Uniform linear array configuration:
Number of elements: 4
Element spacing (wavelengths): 0.75
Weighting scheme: uniform
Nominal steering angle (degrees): -30
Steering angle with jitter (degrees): -30.889
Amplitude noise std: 0.05
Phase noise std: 0.05

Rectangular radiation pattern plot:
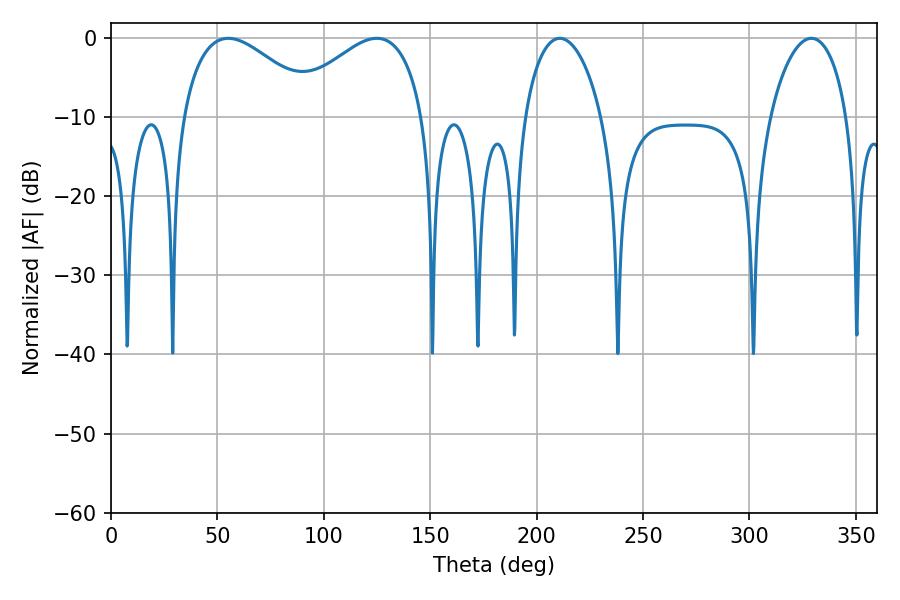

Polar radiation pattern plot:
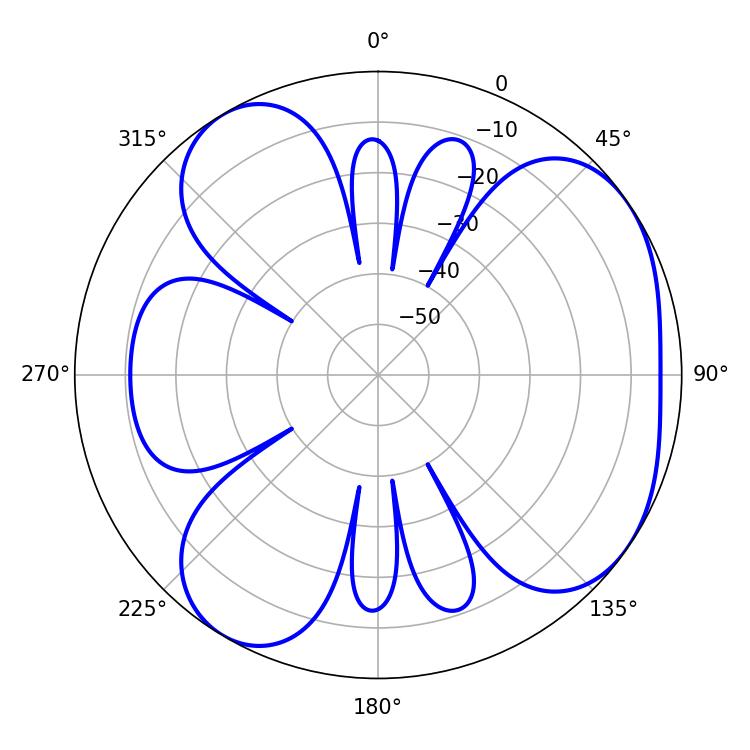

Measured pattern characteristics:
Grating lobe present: TRUE
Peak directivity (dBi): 5.068
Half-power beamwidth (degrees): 35.1
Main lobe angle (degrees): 55.08